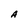
Character: A